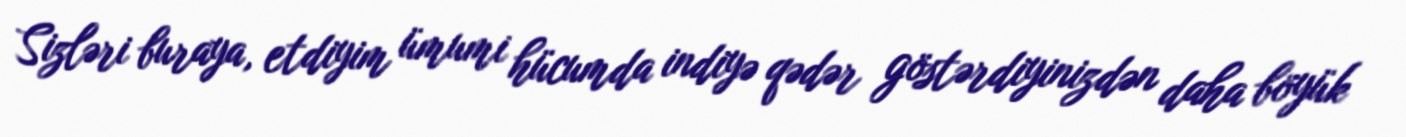
Sizləri buraya, etdiyim ümumi hücumda indiyə qədər göstərdiyinizdən daha böyük